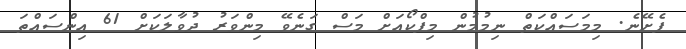
ފެށޭނެ. މިމަސައްކަތް ނިމުމުން މިފްކޯއަށް މަސް ގަނެވޭ މިންވަރު ދުވާލަކަށް 61 އިންސައްތަ